Problem: 4 × 5 = ?
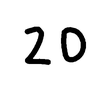
Handwritten answer: 20